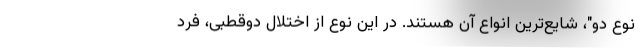
نوع دو"، شایع‌ترین انواع آن هستند. در این نوع از اختلال دوقطبی، فرد